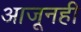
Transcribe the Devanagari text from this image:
आजूनही